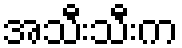
အသီးသီးက